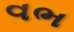
વભ